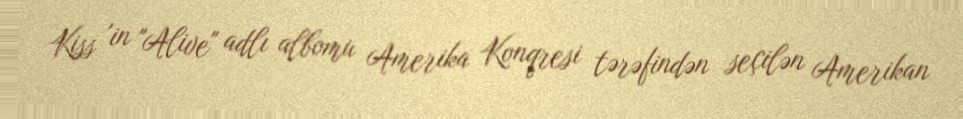
Kiss 'in "Alive" adlı albomu Amerika Konqresi tərəfindən seçilən Amerikan